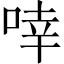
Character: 啈